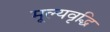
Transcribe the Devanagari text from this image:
मूल्‍यवृद्धि